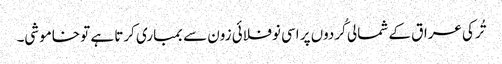
تُرکی عراق کے شمالی کُردوں پر اسی نوفلائی زون سے بمباری کرتا ہے تو خاموشی۔